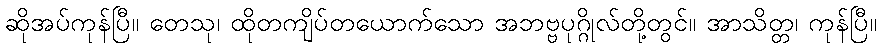
ဆိုအပ်ကုန်ပြီ။ တေသု၊ ထိုတကျိပ်တယောက်သော အဘဗ္ဗပုဂ္ဂိုလ်တို့တွင်။ အာသိတ္တ၊ ကုန်ပြီ။